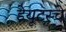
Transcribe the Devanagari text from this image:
डेयूटस्चे